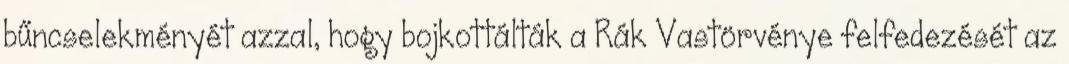
bűncselekményét azzal, hogy bojkottálták a Rák Vastörvénye felfedezését az